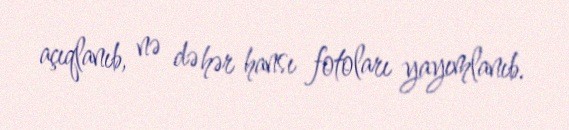
açıqlanıb, nə də hər hansı fotoları yayımlanıb.